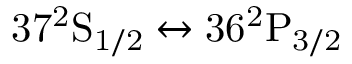
\mathrm { 3 7 ^ { 2 } S _ { 1 / 2 } } \leftrightarrow \mathrm { 3 6 ^ { 2 } P _ { 3 / 2 } }